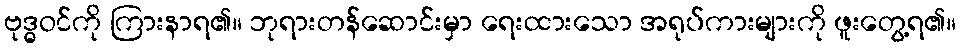
ဗုဒ္ဓဝင်ကို ကြားနာရ၏။ ဘုရားတန်ဆောင်းမှာ ရေးထားသော အရုပ်ကားများကို ဖူးတွေ့ရ၏။